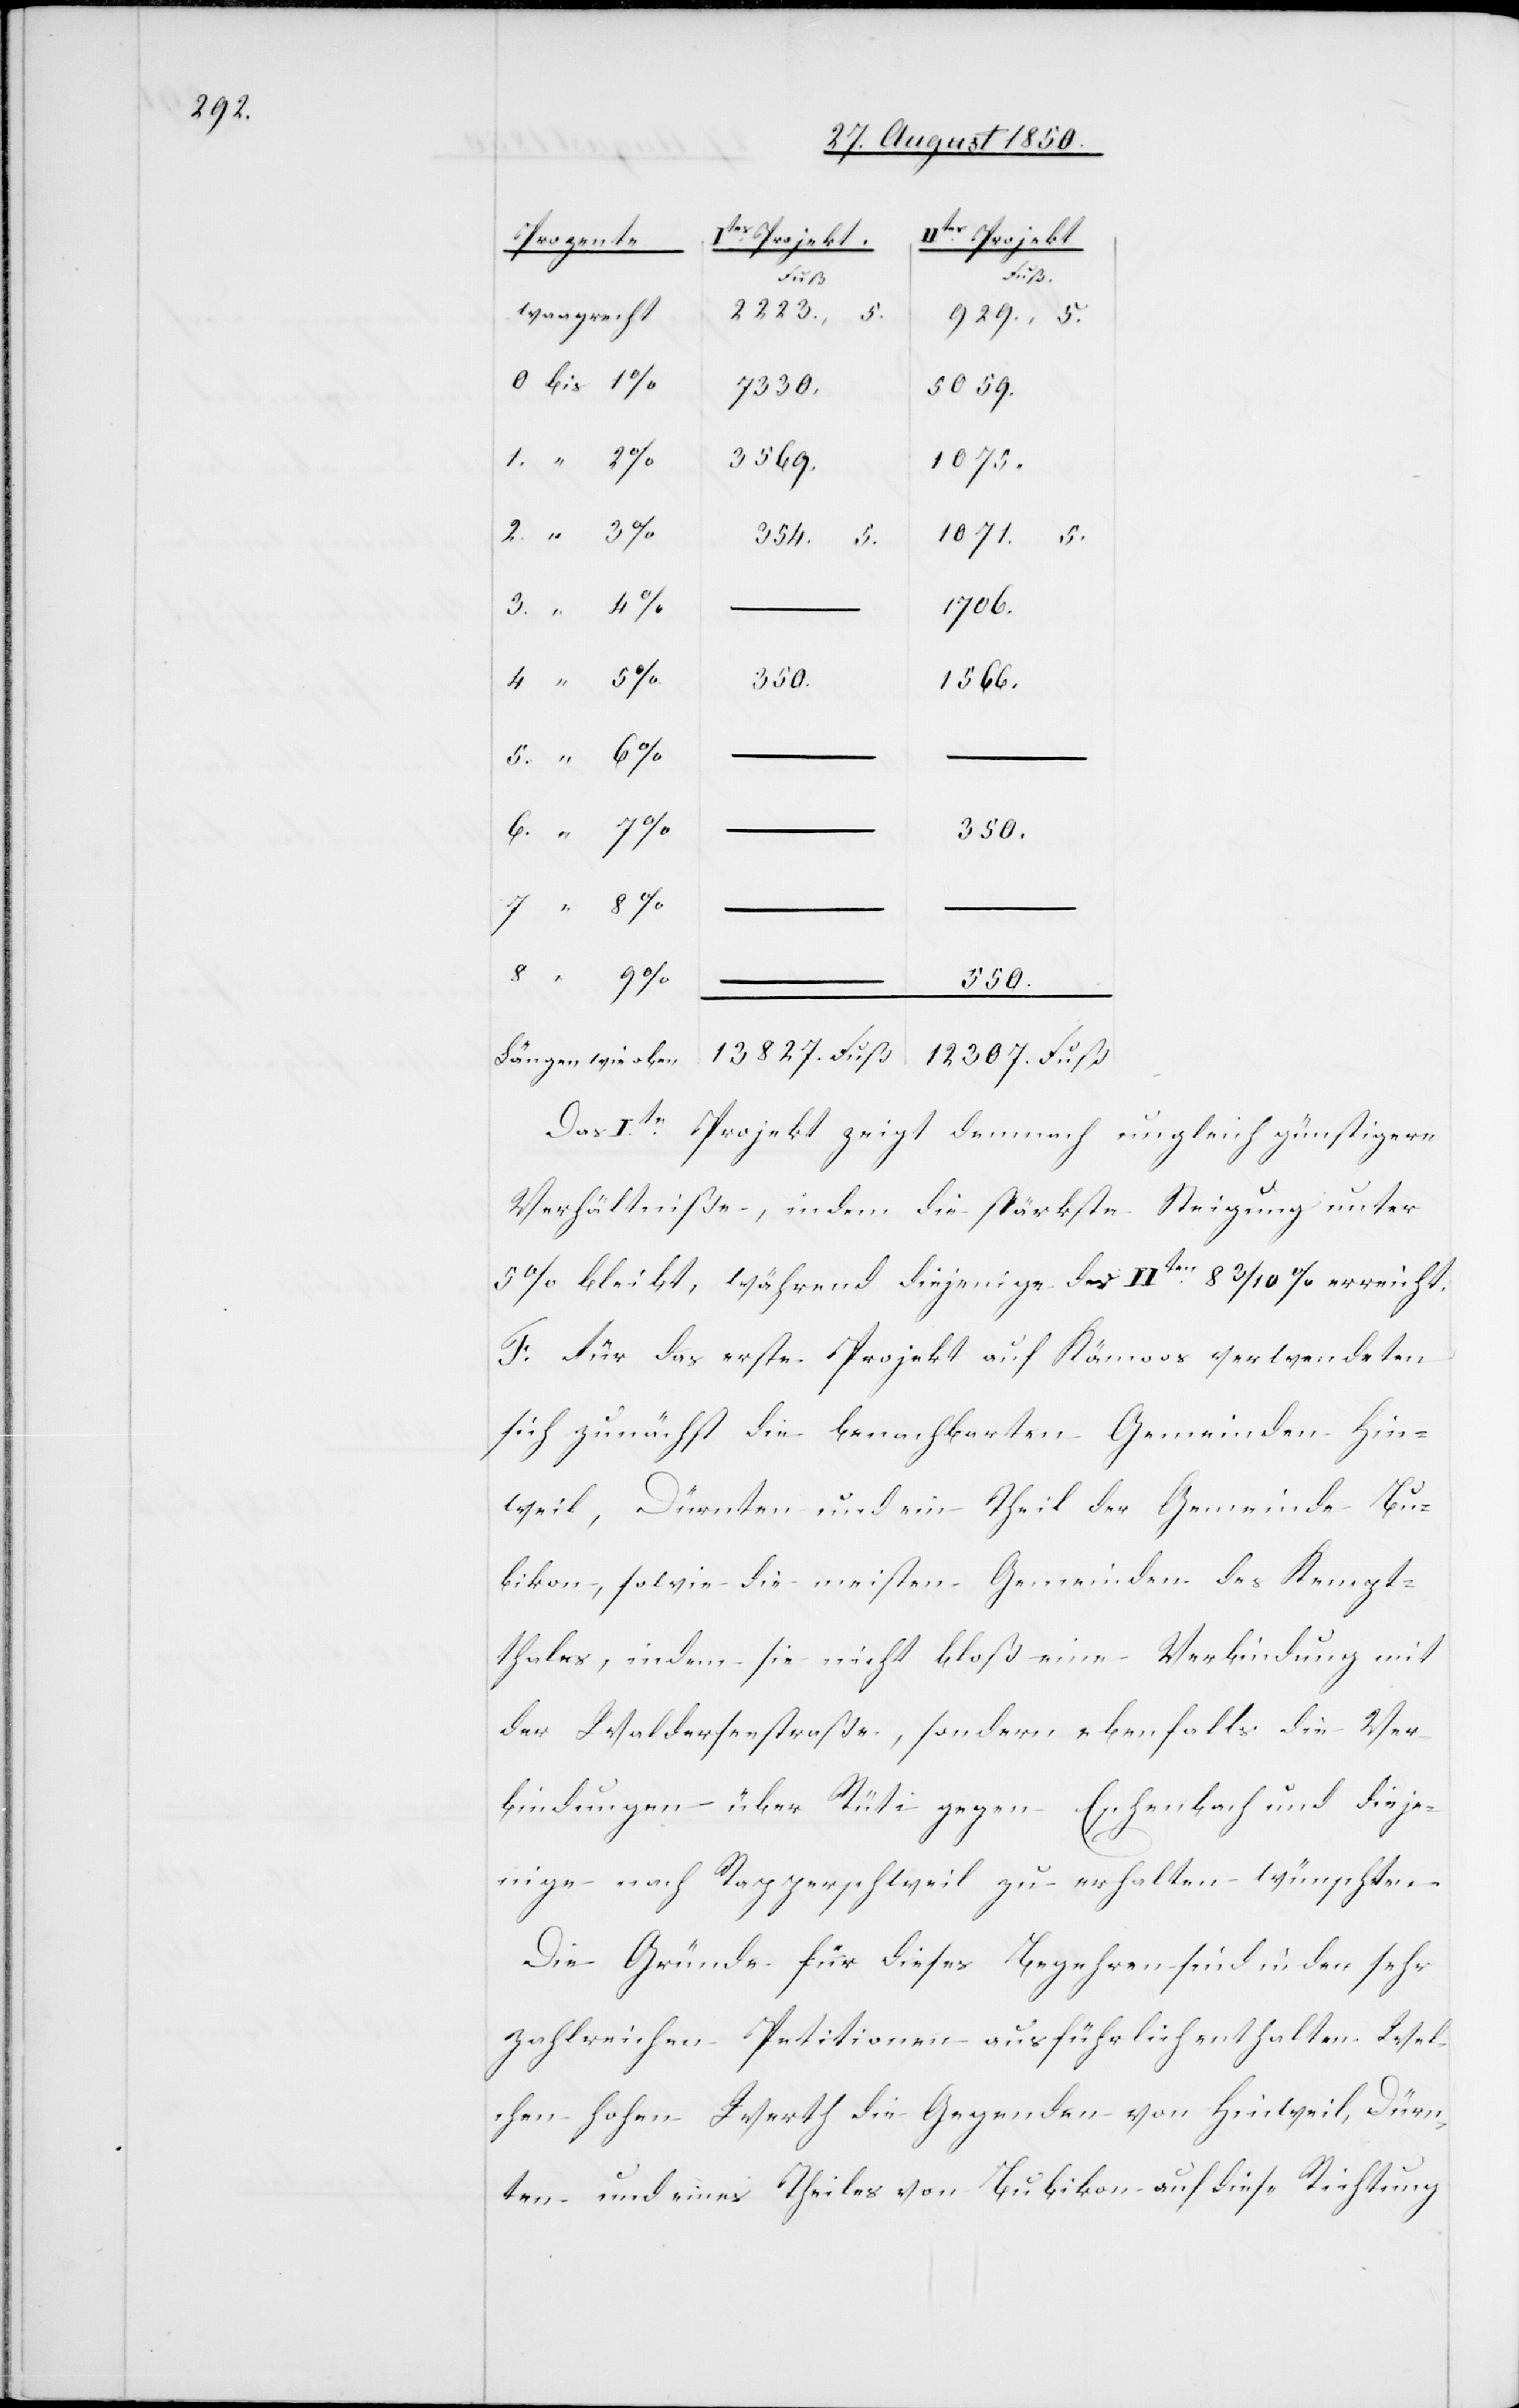
IItes Projekt
Prozente
Ites Projekt
12307.
Fuß
waagrecht
929.,
0 bis 1
5059.
7330.
1. “ 2
3569.
1071.
2. “ 3 %
3. “ 4
1706.
350.
1566.
5. “ 6
6. “ 7 %
350.
oben
550.
Das Ite Projekt zeigt demnach ungleich günstigere
Verhältniße, indem die stärkste Steigung unter
5 % bleibt, während diejenige des IIten 8 3/10 % erreicht.
F. Für das erste Projekt auf Kämoos verwendeten
sich zunächst die benachbarten Gemeinden Hin¬
weil, Dürnten und ein Theil der Gemeinde Bu¬
bikon, sowie die meisten Gemeinden des Kempt¬
thales, indem sie nicht bloß eine Verbindung mit
der Walderseestraße, sondern ebenfalls die Ver¬
bindungen über Rüti gegen Eschenbach und dieje¬
nige nach Rapperschweil zu erhalten wünschten.
Die Gründe für dieses Begehren sind in den sehr
zahlreichen Petitionen ausführlich enthalten. Wel¬
chen hohen Werth die Gegenden von Hinweil, Dürn¬
ten und eines Theiles von Bubikon auf diese Richtung